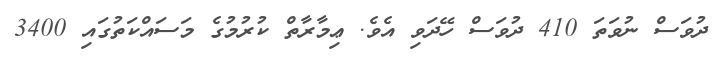
ދުވަސް ނުވަތަ 410 ދުވަސް ހޭދަވި އެވެ. ޢިމާރާތް ކުރުމުގެ މަސައްކަތުގައި 3400